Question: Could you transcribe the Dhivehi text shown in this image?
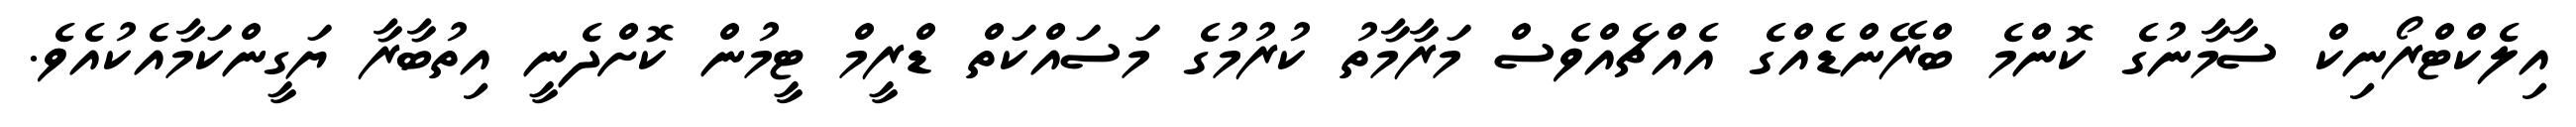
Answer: އިލެކްޓްރޯނިކް ސާމާނުގެ ކޮންމެ ބްރޭންޑެއްގެ އެއްޗެއްވެސް މަރާމާތު ކުރުމުގެ މަސައްކަތް ޑްރީމް ޓީމުން ކޮށްދެނީ އިތުބާރާ ޔަގީންކަމާއެކުއެވެ.